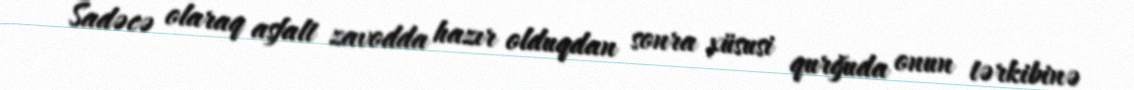
Sadəcə olaraq asfalt zavodda hazır olduqdan sonra xüsusi qurğuda onun tərkibinə